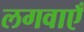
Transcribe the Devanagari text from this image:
लगवाएँ